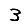
Digit: 3